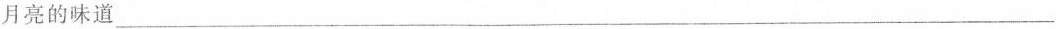
月亮的味道___